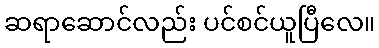
ဆရာဆောင်လည်း ပင်စင်ယူပြီလေ။